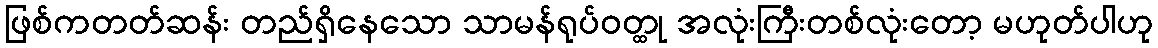
ဖြစ်ကတတ်ဆန်း တည်ရှိနေသော သာမန်ရုပ်ဝတ္ထု အလုံးကြီးတစ်လုံးတော့ မဟုတ်ပါဟု